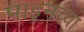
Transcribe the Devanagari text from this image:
पाइनच्या